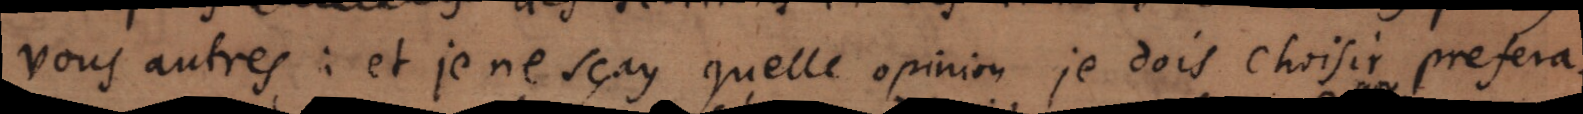
vous autres : et je ne sçay quelle opinion je dois choisir prefera